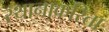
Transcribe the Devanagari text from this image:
स्थानाकरिता